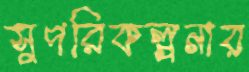
সুপরিকল্পনার